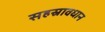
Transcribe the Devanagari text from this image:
सहस्रावधान